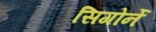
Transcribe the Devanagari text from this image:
सिगोर्ने